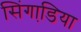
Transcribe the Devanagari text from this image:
सिंगाडि़या